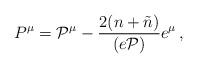
LaTeX: \begin{align*}P^{\mu} = {\cal P}^{\mu} - \frac{2(n+\tilde{n})}{(e{\cal P})} e^{\mu} \,,\end{align*}